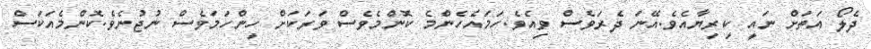
ދެލޯ އަތަށް ނައީ ކިރިޔާއެވެ.އޭނަ ދެރަވެސް ވިއެވެ.ހަމައެހެންމެ ކޮންމެވެސް ވަރަކަށް ހިންހަމަވެސް ނުޖުނެވެ.ކޮންމެއަކަސް